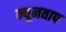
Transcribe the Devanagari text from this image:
न्यूनताप